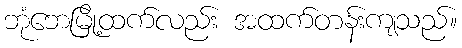
ဘုံဘေမြို့ထက်လည်း အထက်တန်းကျသည်။